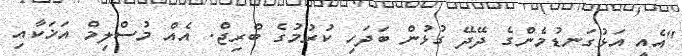
"އެއީ އަޅުގަނޑުމެންގެ ދޭދޭ ގުޅުން ބަދަހި ކުރުމުގެ ބްރިޖް. އެއް މުސްލިމް އަޚަކާއި